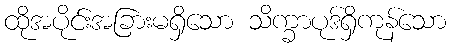
ထိုအပိုင်းအခြားမရှိသော သိက္ခာပုဒ်ရှိကုန်သော